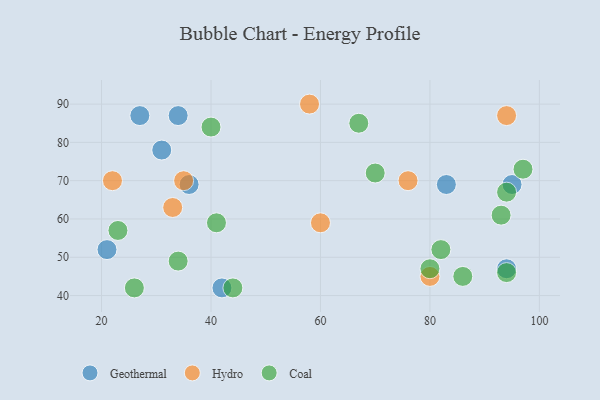
{"axis": {"x": "GDP", "y": "Life Expectancy"}, "legend": ["Coal", "Geothermal", "Hydro"], "data": [{"x": "27", "y": 87, "type": "Geothermal"}, {"x": "42", "y": 42, "type": "Geothermal"}, {"x": "36", "y": 69, "type": "Geothermal"}, {"x": "31", "y": 78, "type": "Geothermal"}, {"x": "95", "y": 69, "type": "Geothermal"}, {"x": "34", "y": 87, "type": "Geothermal"}, {"x": "94", "y": 47, "type": "Geothermal"}, {"x": "83", "y": 69, "type": "Geothermal"}, {"x": "21", "y": 52, "type": "Geothermal"}, {"x": "60", "y": 59, "type": "Hydro"}, {"x": "94", "y": 87, "type": "Hydro"}, {"x": "76", "y": 70, "type": "Hydro"}, {"x": "33", "y": 63, "type": "Hydro"}, {"x": "58", "y": 90, "type": "Hydro"}, {"x": "80", "y": 45, "type": "Hydro"}, {"x": "35", "y": 70, "type": "Hydro"}, {"x": "22", "y": 70, "type": "Hydro"}, {"x": "86", "y": 45, "type": "Coal"}, {"x": "26", "y": 42, "type": "Coal"}, {"x": "40", "y": 84, "type": "Coal"}, {"x": "93", "y": 61, "type": "Coal"}, {"x": "94", "y": 67, "type": "Coal"}, {"x": "34", "y": 49, "type": "Coal"}, {"x": "70", "y": 72, "type": "Coal"}, {"x": "94", "y": 46, "type": "Coal"}, {"x": "23", "y": 57, "type": "Coal"}, {"x": "67", "y": 85, "type": "Coal"}, {"x": "82", "y": 52, "type": "Coal"}, {"x": "44", "y": 42, "type": "Coal"}, {"x": "97", "y": 73, "type": "Coal"}, {"x": "41", "y": 59, "type": "Coal"}, {"x": "80", "y": 47, "type": "Coal"}]}